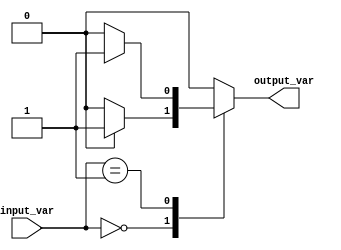
module conditional_block (
    input wire [1:0] input_var,
    output reg output_var
);

always @(*)
begin
    case(input_var)
        2'b00 : if (some_condition) begin
                    output_var <= 1'b1;
                end
                else begin
                    output_var <= 1'b0;
                end
        2'b01 : if (another_condition) begin
                    output_var <= 1'b1;
                end
                else begin
                    output_var <= 1'b0;
                end
        default : output_var <= 1'b0;
    endcase
end

endmodule